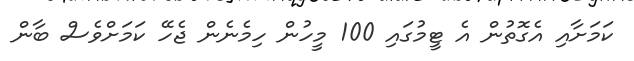
ކަމަށާއި އެގޮތުން އެ ޓީމުގައި 100 މީހުން ހިމެނެން ޖެހޭ ކަމަށްވެސް ބާން